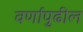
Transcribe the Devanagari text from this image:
वर्णापुढील